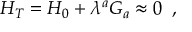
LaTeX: H _ { T } = H _ { 0 } + \lambda ^ { a } G _ { a } \approx 0 \, \, \, ,